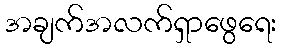
အချက်အလက်ရှာဖွေရေး